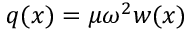
q ( x ) = \mu \omega ^ { 2 } w ( x )